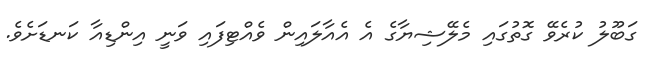
ގަބޫލު ކުރެވޭ ގޮތުގައި މެލޭޝިޔާގެ އެ އެއާލައިން ވެއްޓިފައި ވަނީ އިންޑިއާ ކަނޑަށެވެ.